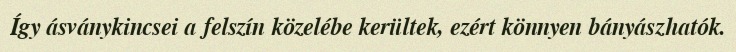
Így ásványkincsei a felszín közelébe kerültek, ezért könnyen bányászhatók.